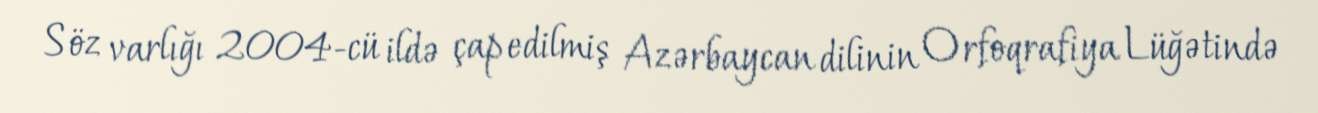
Söz varlığı 2004-cü ildə çap edilmiş Azərbaycan dilinin Orfoqrafiya Lüğətində